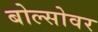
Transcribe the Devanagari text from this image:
बोल्सोवर